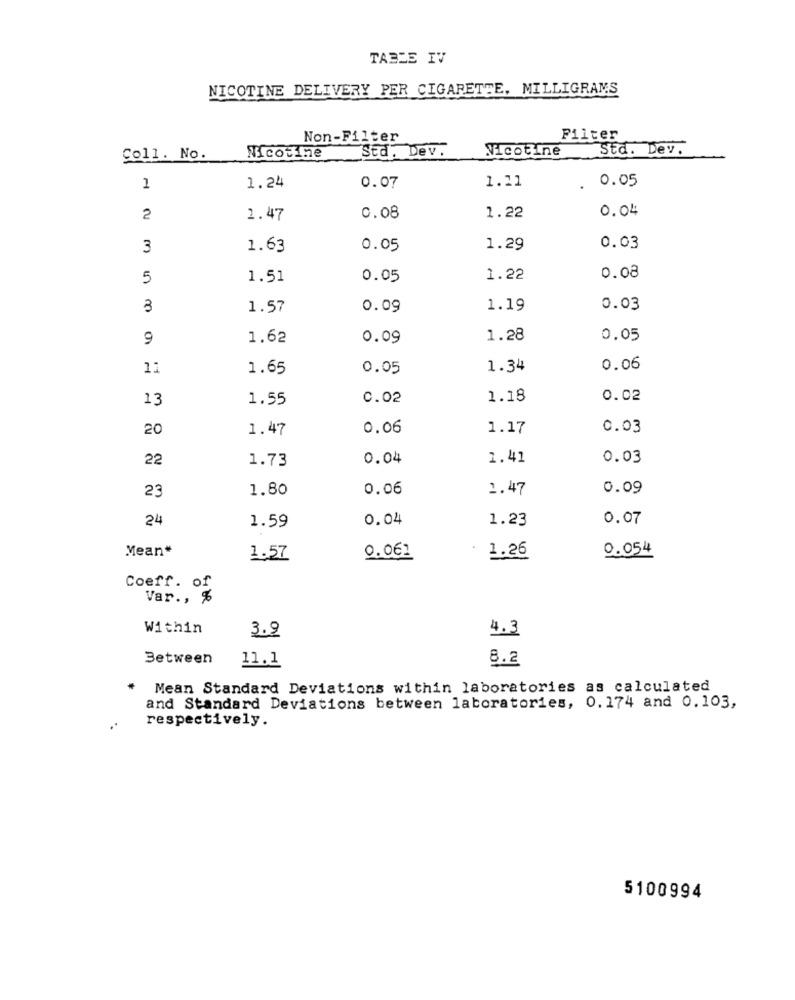
TABLE IV
NICOTINE DELIVERY PER CIGARETTE, MILLIGRAMS
Non-Filter
Filter
Std. Dev.
Nicotine
Std. Dev.
Coll. No.
Nicotine
0.07
0.05
1
1.24
1.11
0.04
2
1.47
0.08
1.22
3
1.63
0.05
1.29
0.03
5
1.51
0.05
1.22
0.08
3
1.57
0.09
1.19
0.03
9
1.62
0.09
1.28
0.05
11
1.65
0.05
1.34
0.06
13
1.55
0.02
1.18
0.02
20
1.47
0.06
1.17
0.03
22
1.73
0.04
1.41
0.03
23
1.80
0.06
1.47
0.09
24
0.04
1.23
0.07
1.59
Mean*
0.054
1.57
0.061
1.26
Coeff. of
Var ., %
Within
3.9
4.3
Between
11.1
8.2
Mean Standard Deviations within laboratories as calculated
and Standard Deviations between laboratories, 0.174 and 0.103,
respectively.
..
5100994